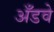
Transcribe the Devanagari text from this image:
अँडवे